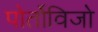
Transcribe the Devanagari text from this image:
पोर्तोविजो